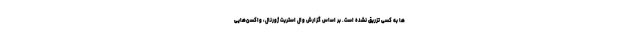
ها به کسی تزریق نشده است. بر اساس گزارش وال استریت ژورنال، واکسن‌هایی